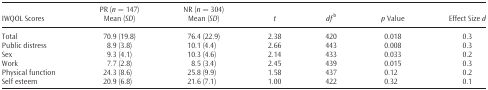
|  | PR (n = 147) | NR (n = 304) |  |  |  |  |
 | IWQOL Scores | Mean (SD) | Mean (SD) | t | dfb | p Value | Effect Size d |
 | --- | --- | --- | --- | --- | --- | --- |
 | Total | 70.9 (19.8) | 76.4 (22.9) | 2.38 | 420 | 0.018 | 0.3 |
 | Public distress | 8.9 (3.8) | 10.1 (4.4) | 2.66 | 443 | 0.008 | 0.3 |
 | Sex | 9.3 (4.1) | 10.3 (4.6) | 2.14 | 433 | 0.033 | 0.2 |
 | Work | 7.7 (2.8) | 8.5 (3.4) | 2.45 | 439 | 0.015 | 0.3 |
 | Physical function | 24.3 (8.6) | 25.8 (9.9) | 1.58 | 437 | 0.12 | 0.2 |
 | Self esteem | 20.9 (6.8) | 21.6 (7.1) | 1.00 | 422 | 0.32 | 0.1 |